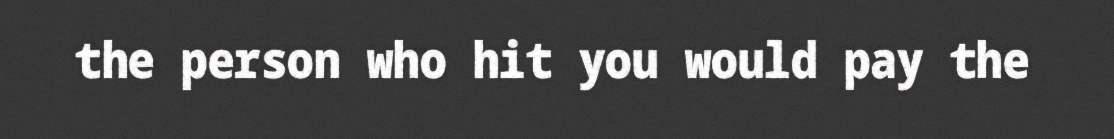
the person who hit you would pay the